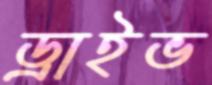
ড্রাইভ